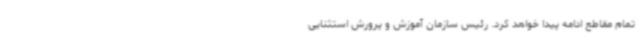
تمام مقاطع ادامه پیدا خواهد کرد. رئیس سازمان آموزش و پرورش استثنایی